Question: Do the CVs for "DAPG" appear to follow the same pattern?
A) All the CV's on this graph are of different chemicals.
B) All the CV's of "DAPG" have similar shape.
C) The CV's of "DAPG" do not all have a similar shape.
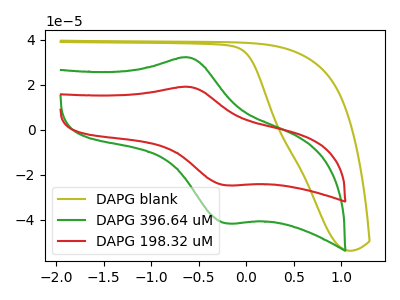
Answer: <think>The olive curve "DAPG blank" has no peaks. The green curve "DAPG 396.64 uM" has an anodic peak at (-0.60V, 32.10uA) and a cathodic peak at (-0.20V, -41.50uA). The red curve "DAPG 198.32 uM" has an anodic peak at (-0.60V, 19.05uA) and a cathodic peak at (-0.20V, -24.60uA).
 "DAPG blank" and "DAPG 396.64 uM" have a different number of peaks. "DAPG blank" and "DAPG 198.32 uM" have a different number of peaks. All the peaks in "DAPG 396.64 uM" have a peak in "DAPG 198.32 uM" at the same potential. Every peak in "DAPG 396.64 uM" is higher than every peak in "DAPG 198.32 uM".</think>
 <answer>B) All the CV's of "DAPG" have similar shape.</answer>
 <eval>B</eval>